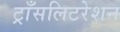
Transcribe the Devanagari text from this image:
ट्राँसलिटरेशन